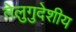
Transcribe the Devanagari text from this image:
तेलुगुदेशीय